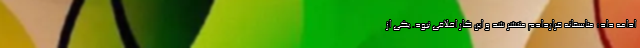
ادامه داد: متاسفانه قراردادم منتشر شد و این کار اخلاقی نبود. یکی از